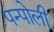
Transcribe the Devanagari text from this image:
पन्पोली